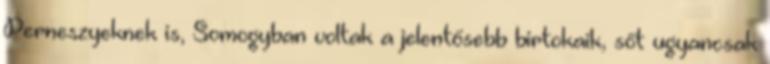
Perneszyeknek is, Somogyban voltak a jelentősebb birtokaik, sőt ugyancsak